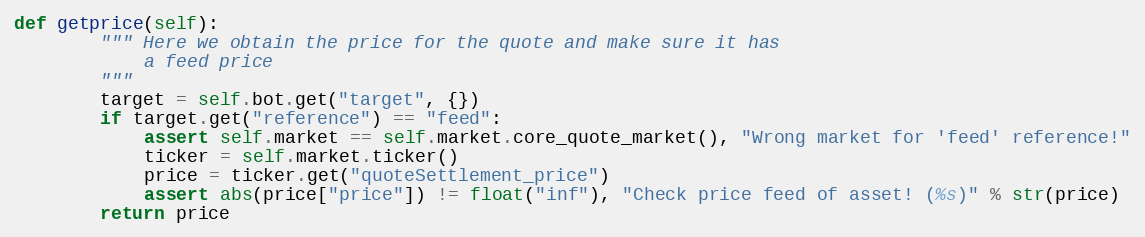
Language: Python
def getprice(self):
        """ Here we obtain the price for the quote and make sure it has
            a feed price
        """
        target = self.bot.get("target", {})
        if target.get("reference") == "feed":
            assert self.market == self.market.core_quote_market(), "Wrong market for 'feed' reference!"
            ticker = self.market.ticker()
            price = ticker.get("quoteSettlement_price")
            assert abs(price["price"]) != float("inf"), "Check price feed of asset! (%s)" % str(price)
        return price